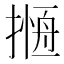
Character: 𢳖